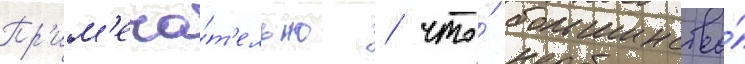
Пр'им'еча́т'ельно / что́ большинство́